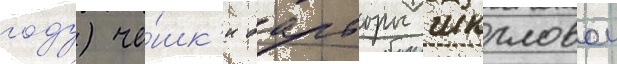
году) че́шк'и барборы шкрловои